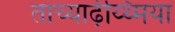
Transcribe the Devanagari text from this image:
ताच्यार्ढ़य्थ्मिया